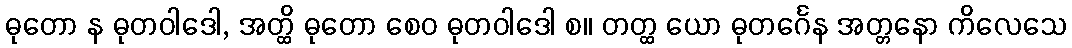
ဓုတော န ဓုတဝါဒေါ, အတ္ထိ ဓုတော စေဝ ဓုတဝါဒေါ စ။ တတ္ထ ယော ဓုတင်္ဂေန အတ္တနော ကိလေသေ